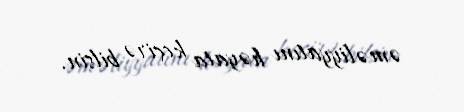
əməliyyatını həyata keçirə bilsin.